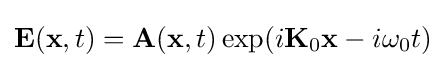
{\textbf {E}}({\textbf {x}},t)={\textbf {A}}({\textbf {x}},t)\exp(i{\textbf {K}}_{0}{\textbf {x}}-i\omega _{0}t)